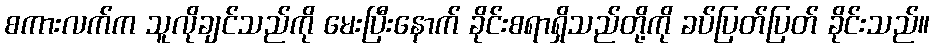
စကားလက်က သူလိုချင်သည်ကို မေးပြီးနောက် ခိုင်းစရာရှိသည်တို့ကို ခပ်ပြတ်ပြတ် ခိုင်းသည်။